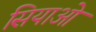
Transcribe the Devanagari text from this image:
सियाओ